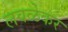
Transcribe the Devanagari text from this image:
लवळेकर